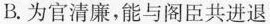
B.为官清廉，能与阁臣共进退